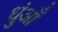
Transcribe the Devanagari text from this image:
धुंआँ